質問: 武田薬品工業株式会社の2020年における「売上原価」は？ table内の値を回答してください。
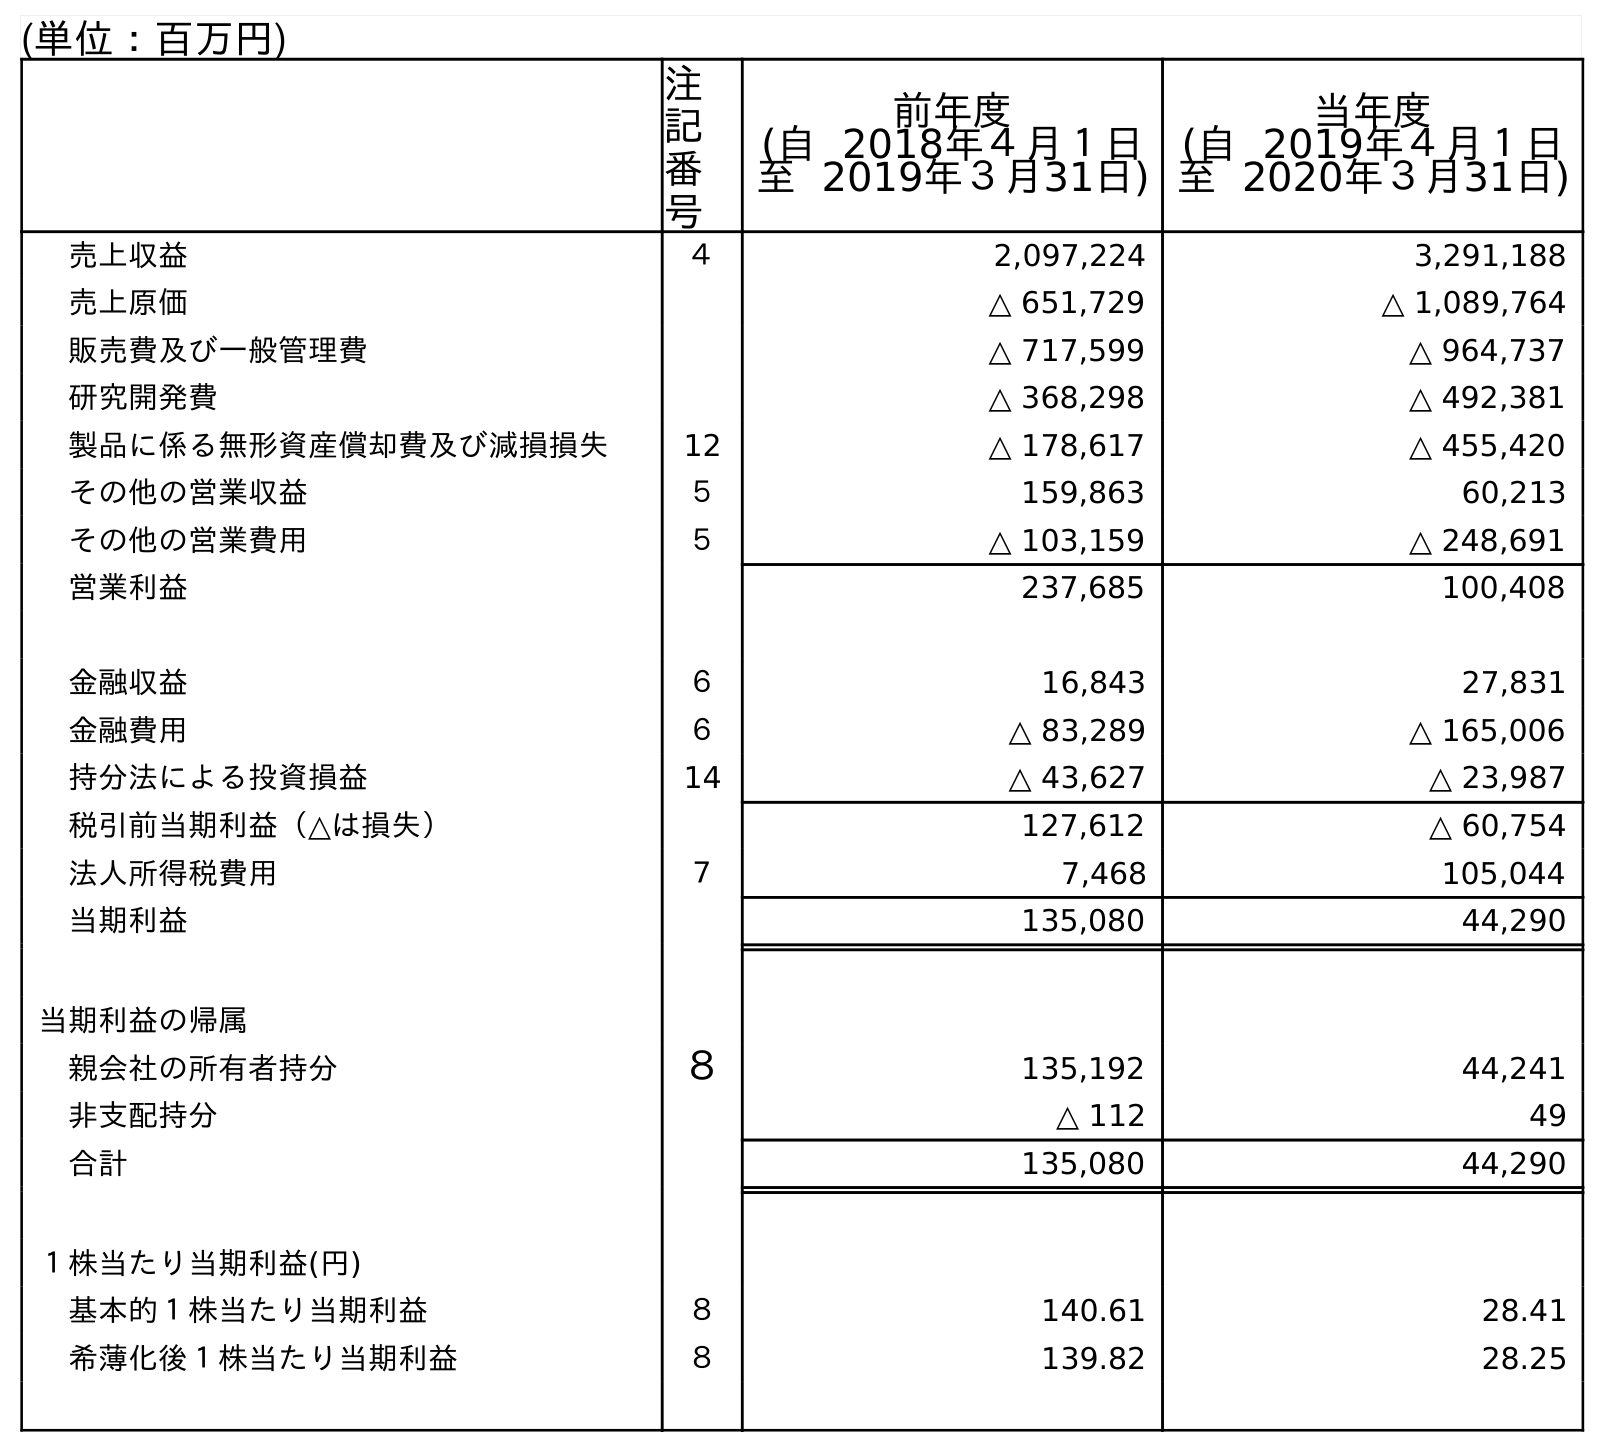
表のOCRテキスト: (単位：百万円) 注 記 番 号 前年度 (自 2018年４月１日 至 2019年３月31日) 当年度 (自 2019年４月１日 至 2020年３月31日) 売上収益 ４ 2,097,224 3,291,188 売上原価 △ 651,729 △ 1,089,764 販売費及び一般管理費 △ 717,599 △ 964,737 研究開発費 △ 368,298 △ 492,381 製品に係る無形資産償却費及び減損損失 12 △ 178,617 △ 455,420 その他の営業収益 ５ 159,863 60,213 その他の営業費用 ５ △ 103,159 △ 248,691 営業利益 237,685 100,408 金融収益 ６ 16,843 27,831 金融費用 ６ △ 83,289 △ 165,006 持分法による投資損益 14 △ 43,627 △ 23,987 税引前当期利益（△は損失） 127,612 △ 60,754 法人所得税費用 ７ 7,468 105,044 当期利益 135,080 44,290 当期利益の帰属 親会社の所有者持分 ８ 135,192 44,241 非支配持分 △ 112 49 合計 135,080 44,290 １株当たり当期利益(円) 基本的１株当たり当期利益 ８ 140.61 28.41 希薄化後１株当たり当期利益 ８ 139.82 28.25
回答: △1,089,764